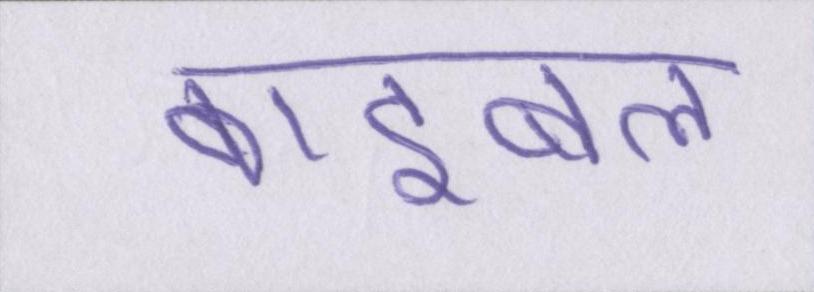
बाइबल